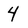
Character: 4